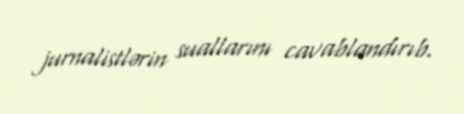
jurnalistlərin suallarını cavablandırıb.